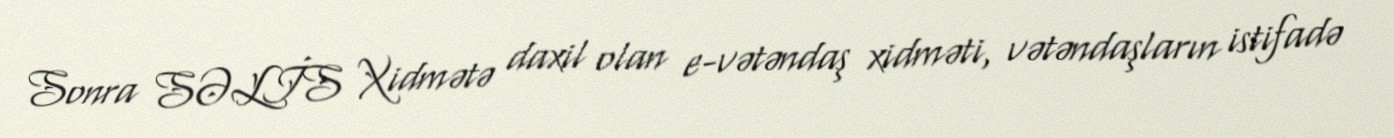
Sonra SƏLİS Xidmətə daxil olan e-vətəndaş xidməti, vətəndaşların istifadə